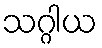
သဂ္ဂါယ